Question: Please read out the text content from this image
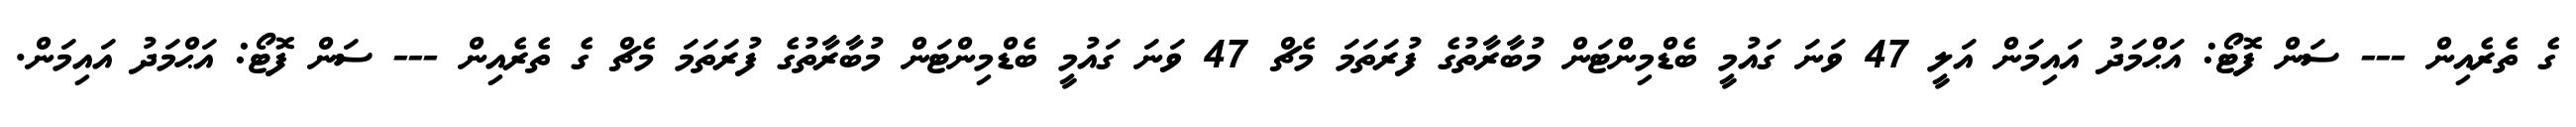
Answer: ގެ ތެރެއިން --- ސަން ފޮޓޯ: އަޙްމަދު އައިމަން އަލީ 47 ވަނަ ގައުމީ ބެޑްމިންޓަން މުބާރާތުގެ ފުރަތަމަ މެޗް 47 ވަނަ ގައުމީ ބެޑްމިންޓަން މުބާރާތުގެ ފުރަތަމަ މެޗް ގެ ތެރެއިން --- ސަން ފޮޓޯ: އަޙްމަދު އައިމަން.